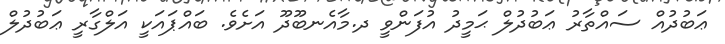
ޢަބުދުއް ސައްތާރު ޢަބުދުލް ޙަމީދު އުފަންވީ ދ.މާއެނބޫދޫ އަށެވެ. ބައްޕައަކީ އަލްގާރީ ޢަބުދުލް